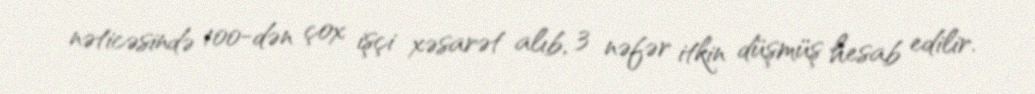
nəticəsində 100-dən çox işçi xəsarət alıb, 3 nəfər itkin düşmüş hesab edilir.